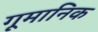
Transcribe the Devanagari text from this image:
गूमानिक